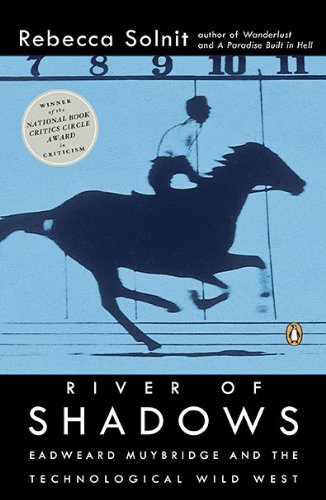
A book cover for River of Shadows: Eadweard Muybridge and the Technological Wild West; Rebecca Solnit; Biographies & Memoirs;